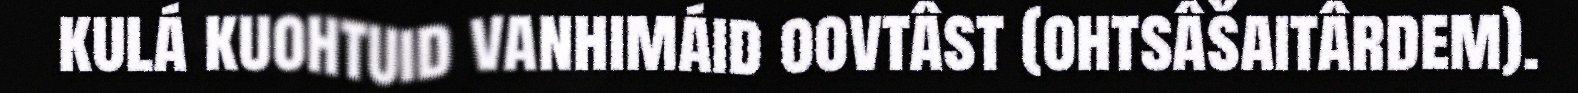
kulá kuohtuid vanhimáid oovtâst (ohtsâšaitârdem).